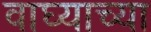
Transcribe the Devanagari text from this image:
वाघ्याच्या